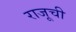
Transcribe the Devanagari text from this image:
राजूची